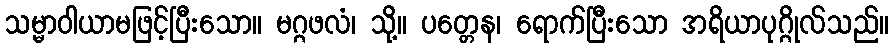
သမ္မာဝါယာမဖြင့်ပြီးသော။ မဂ္ဂဖလံ၊ သို့။ ပတ္တေန၊ ရောက်ပြီးသော အရိယာပုဂ္ဂိုလ်သည်။